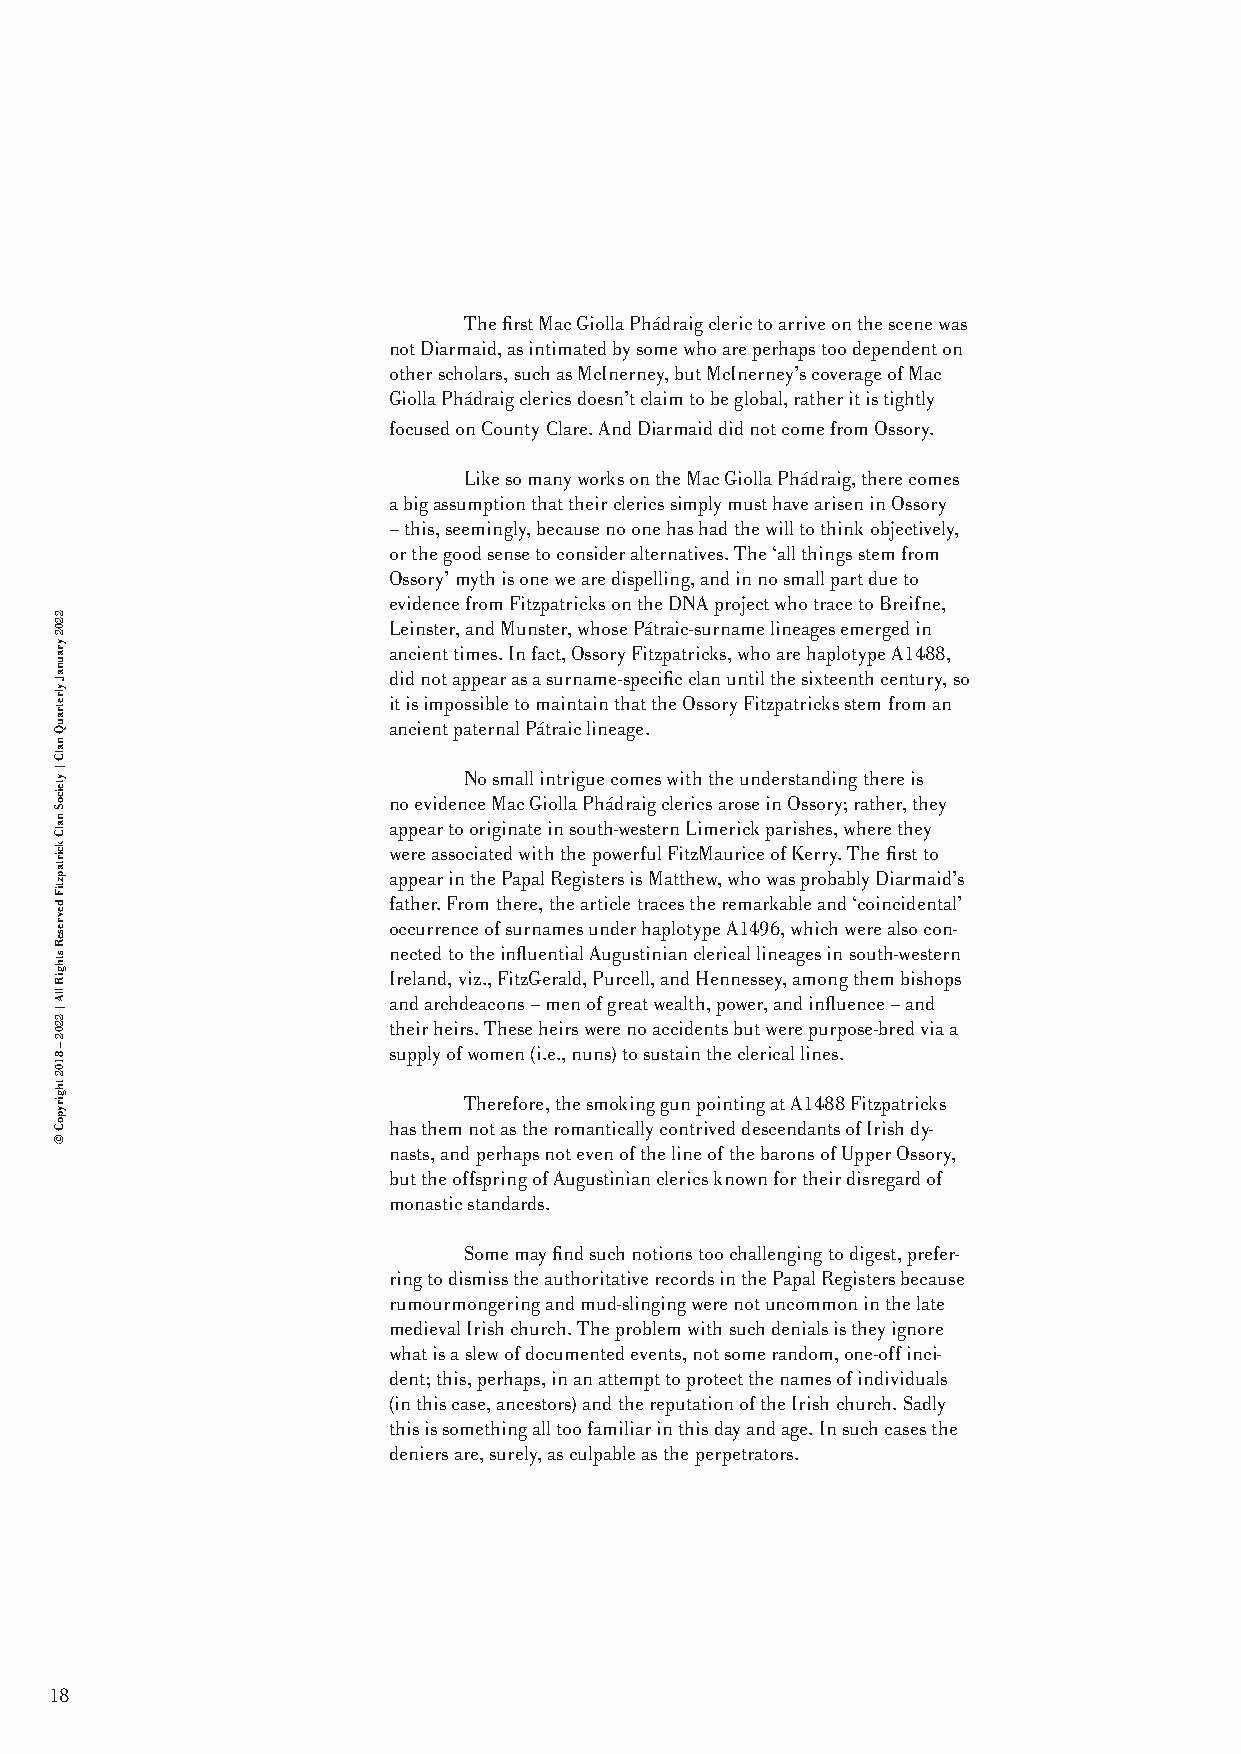
The first Mac Giolla Phádraig cleric to arrive on the scene was
 not Diarmaid, as intimated by some who are perhaps too dependent on
 other scholars, such as McInerney, but McInerney’s coverage of Mac
 Giolla Phádraig clerics doesn’t claim to be global, rather it is tightly
 focused on County Clare. And Diarmaid did not come from Ossory.
 Like so many works on the Mac Giolla Phádraig, there comes
 a big assumption that their clerics simply must have arisen in Ossory
 – this, seemingly, because no one has had the will to think objectively,
 or the good sense to consider alternatives. The ‘all things stem from
 Ossory’ myth is one we are dispelling, and in no small part due to
 evidence from Fitzpatricks on the DNA project who trace to Breifne,
 Leinster, and Munster, whose Pátraic-surname lineages emerged in
 ancient times. In fact, Ossory Fitzpatricks, who are haplotype A1488,
 did not appear as a surname-specific clan until the sixteenth century, so
 it is impossible to maintain that the Ossory Fitzpatricks stem from an
 ancient paternal Pátraic lineage.
 No small intrigue comes with the understanding there is
 no evidence Mac Giolla Phádraig clerics arose in Ossory; rather, they
 appear to originate in south-western Limerick parishes, where they
 were associated with the powerful FitzMaurice of Kerry. The first to
 appear in the Papal Registers is Matthew, who was probably Diarmaid’s
 father. From there, the article traces the remarkable and ‘coincidental’
 occurrence of surnames under haplotype A1496, which were also con-
 nected to the influential Augustinian clerical lineages in south-western
 Ireland, viz., FitzGerald, Purcell, and Hennessey, among them bishops
 and archdeacons – men of great wealth, power, and influence – and
 their heirs. These heirs were no accidents but were purpose-bred via a
 supply of women (i.e., nuns) to sustain the clerical lines.
 Therefore, the smoking gun pointing at A1488 Fitzpatricks
 has them not as the romantically contrived descendants of Irish dy-
 nasts, and perhaps not even of the line of the barons of Upper Ossory,
 but the offspring of Augustinian clerics known for their disregard of
 monastic standards.
 Some may find such notions too challenging to digest, prefer-
 ring to dismiss the authoritative records in the Papal Registers because
 rumourmongering and mud-slinging were not uncommon in the late
 medieval Irish church. The problem with such denials is they ignore
 what is a slew of documented events, not some random, one-off inci-
 dent; this, perhaps, in an attempt to protect the names of individuals
 (in this case, ancestors) and the reputation of the Irish church. Sadly
 this is something all too familiar in this day and age. In such cases the
 deniers are, surely, as culpable as the perpetrators.
 18
 2202
 yraunaJ
 ylretrauQ
 nalC
 |
 yteicoS
 nalC
 kcirtapztiF
 devreseR
 sthgiR
 llA
 |
 2202
 – 8102
 thgirypoC
 ©